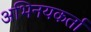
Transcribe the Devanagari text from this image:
अभिनयकर्ता